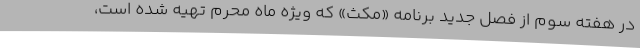
در هفته سوم از فصل جدید برنامه «مکث» که ویژه ماه محرم تهیه شده است،